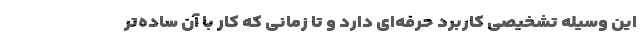
این وسیله تشخیصی کاربرد حرفه‌ای دارد و تا زمانی که کار با آن ساده‌تر